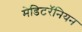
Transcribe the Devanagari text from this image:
मेडिटरॅनियन